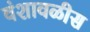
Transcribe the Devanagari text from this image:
वंशावळीस